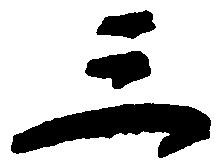
三